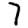
Digit: 7